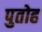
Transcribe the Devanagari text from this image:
पुतोह